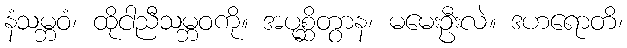
နံသမ္ဘဝံ၊ ထိုငါညီသမ္ဘဝကို။ အပုစ္ဆိတွာန၊ မမေးဦးလဲ။ ဒဟရောတိ၊